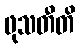
ဖုသတီတိ